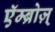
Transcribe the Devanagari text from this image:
एॅम्ब्रोज़्